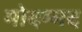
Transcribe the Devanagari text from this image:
मोदम्मद